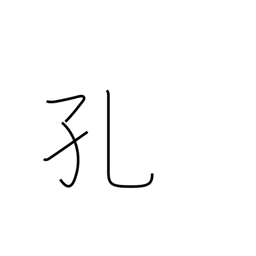
Meaning: cavity